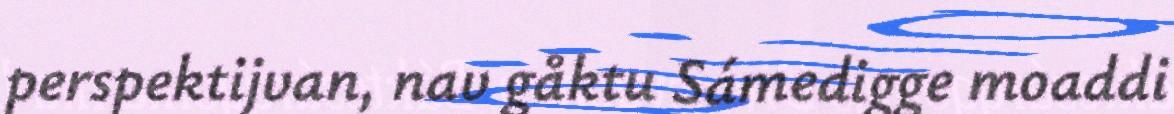
perspektijvan, nav gåktu Sámedigge moaddi